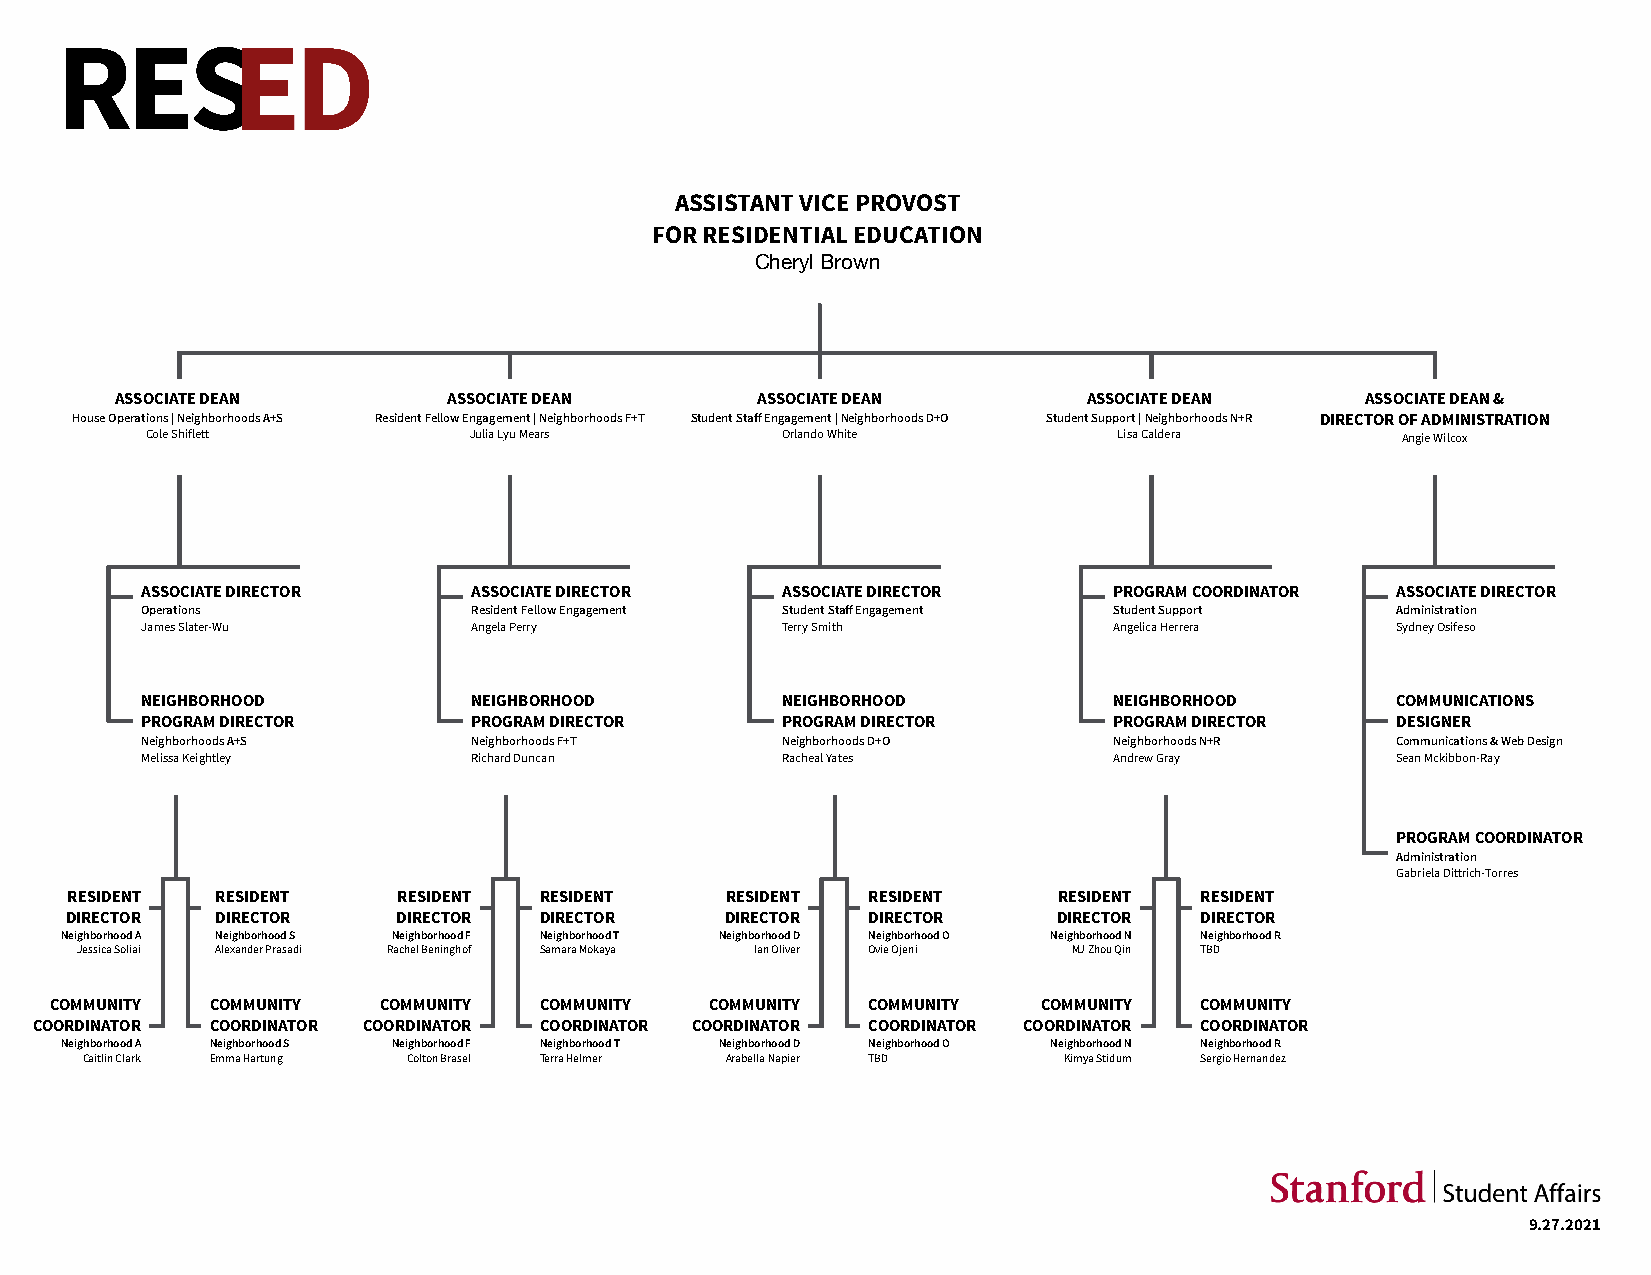
ASSISTANT VICE PROVOST
 FOR RESIDENTIAL EDUCATION
 Cheryl Brown
 ASSOCIATE DEAN        ASSOCIATE DEAN      ASSOCIATE DEAN        ASSOCIATE DEAN    ASSOCIATE DEAN &
 House Operations | Neighborhoods A+S Resident Fellow Engagement | Neighborhoods F+T Student Staff Engagement | Neighborhoods D+O Student Support | Neighborhoods N+R DIRECTOR OF ADMINISTRATION
 Cole Shiflett        Julia Lyu Mears      Orlando White         Lisa Caldera       Angie Wilcox
 ASSOCIATE DIRECTOR    ASSOCIATE DIRECTOR   ASSOCIATE DIRECTOR    PROGRAM COORDINATOR ASSOCIATE DIRECTOR
 Operations            Resident Fellow Engagement Student Staff Engagement Student Support Administration
 James Slater-Wu       Angela Perry         Terry Smith           Angelica Herrera  Sydney Osifeso
 NEIGHBORHOOD          NEIGHBORHOOD         NEIGHBORHOOD          NEIGHBORHOOD      COMMUNICATIONS
 PROGRAM DIRECTOR      PROGRAM DIRECTOR     PROGRAM DIRECTOR      PROGRAM DIRECTOR  DESIGNER
 Neighborhoods A+S     Neighborhoods F+T    Neighborhoods D+O     Neighborhoods N+R Communications & Web Design
 Melissa Keightley     Richard Duncan       Racheal Yates         Andrew Gray       Sean Mckibbon-Ray
 PROGRAM COORDINATOR
 Administration
 Gabriela Dittrich-Torres
 RESIDENT  RESIDENT    RESIDENT  RESIDENT    RESIDENT RESIDENT     RESIDENT RESIDENT
 DIRECTOR  DIRECTOR    DIRECTOR  DIRECTOR    DIRECTOR DIRECTOR     DIRECTOR DIRECTOR
 Neighborhood A Neighborhood S Neighborhood F Neighborhood T Neighborhood D Neighborhood O Neighborhood N Neighborhood R
 Jessica Soliai Alexander Prasadi Rachel Beninghof Samara Mokaya Ian Oliver Ovie Ojeni MJ Zhou Qin TBD
 COMMUNITY  COMMUNITY  COMMUNITY  COMMUNITY  COMMUNITY COMMUNITY   COMMUNITY COMMUNITY
 COORDINATOR COORDINATOR COORDINATOR COORDINATOR COORDINATOR COORDINATOR COORDINATOR COORDINATOR
 Neighborhood A Neighborhood S Neighborhood F Neighborhood T Neighborhood D Neighborhood O Neighborhood N Neighborhood R
 Caitlin Clark Emma Hartung Colton Brasel Terra Helmer Arabella Napier TBD Kimya Stidum Sergio Hernandez
 9.27.2021